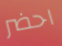
احضر